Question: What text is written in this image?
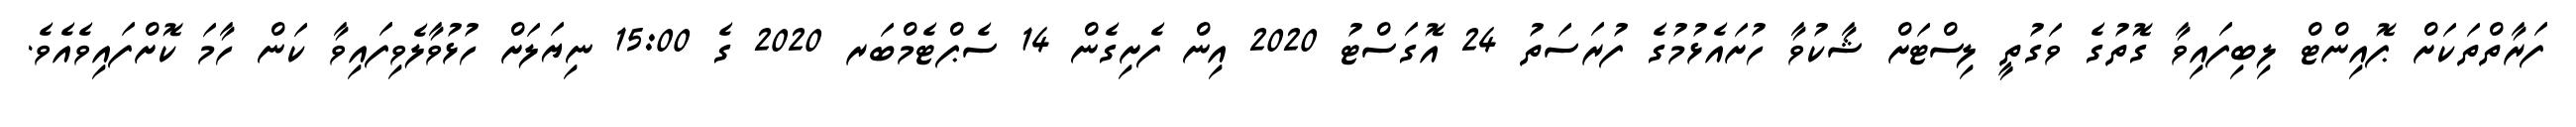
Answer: ފަރާތްތަކަށް ޕޮއިންޓް ލިބިފައިވާ ގޮތުގެ ވަގުތީ ލިސްޓަށް ޝާކުވާ ހުށައެޅުމުގެ ފުރަސަތު 24 އޮގަސްޓު 2020 އިން ފެށިގެން 14 ސެޕްޓެމްބަރ 2020 ގެ 15:00 ނިޔަލަށް ހުޅުވާލެވިފައިވާ ކަން ހާމަ ކޮށްފައިވެއެވެ.